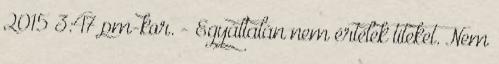
2015 3:47 pm-kor. - Egyáltalán nem értelek titeket. Nem